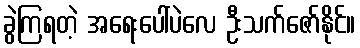
ခွဲကြရတဲ့ အရေးပေါ်ပဲလေ ဦးသက်ဇော်နိုင်။